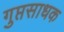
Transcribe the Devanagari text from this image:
गुप्तसाधक